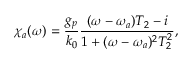
\chi _ { a } ( \omega ) = \frac { g _ { p } } { k _ { 0 } } \frac { ( \omega - \omega _ { a } ) T _ { 2 } - i } { 1 + ( \omega - \omega _ { a } ) ^ { 2 } T _ { 2 } ^ { 2 } } ,